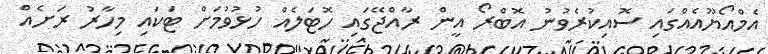
އެމްއޯޔޫއެއްގައި ސޮއިކުރެވުނު އޮބްރޯ އީން ރާއްޖޭގައި ހޮޓަލެއް ހުޅުވުމަށް ޓަކައި މިހާރު ރަށެއް